system: You are a helpful assistant.
user:
Analyze the provided spectrum to determine if it is a **S-type Star**.

- **Key Indicators for S-type Star:**

    - **(Overall Spectrum Shape):** The first and most obvious characteristic is the overall continuum (the "baseline" shape). It is **extremely "red-sloping,"** meaning the flux (light intensity) is very low on the left side (blue, ~4000-4500 Å) and rises steeply and continuously toward the right side (red, ~7000 Å+).

    - **(Primary):** The spectrum is defined by the presence of strong, broad molecular absorption "valleys" (bands) from **Zirconium Oxide (ZrO)**. The identification of these bands is the **primary requirement** for classifying a star as S-type.
        - **(Key Bandheads):** You must find distinct, deep "dips" where the light has been absorbed. The most critical band systems to locate are:
            - **~6474 Å** ($\gamma$-system): This is often the strongest and clearest ZrO feature, found in the red part of the spectrum.
            - **~5718 Å** & **~5551 Å** ($\beta$-system): A pair of prominent absorption features in the yellow-orange part of the spectrum.
            - **~4640 Å** ($\alpha$-system): A key absorption band system in the blue-green region of the spectrum.

    - **(Secondary Confirmation):** The classification is strengthened by finding additional absorption bands from other related heavy element oxides, which are expected to be present alongside ZrO.
        - **(Key Bandheads):**
            - **Yttrium Oxide (YO):** Look for absorption dips near **~4800 Å** and **~6100 Å**.
            - **Lanthanum Oxide (LaO):** Additional absorption features, particularly in the red-orange part of the spectrum, are also characteristic.

    - **(Line Profile):** The combination of the steep red continuum and these numerous, deep molecular bands (ZrO, YO, etc.) gives the entire spectrum a very **"chopped-up"** or **"bumpy"** appearance. Instead of a smooth curve, the spectrum looks as though large, wide chunks of light have been "carved out" of it at the specific wavelengths listed above.

Think first, call **spectral_visualization_tool** if needed to examine features in detail, then provide your final answer. Your response must adhere to the following strict rules:
1.  **Overall Structure:** Your response must follow the format `<think>...</think> <tool_call>...</tool_call> (if a tool is used) <answer>...</answer>`.
2.  **Tool Usage Constraint:** You may only make **one** tool call per turn.
3.  **Final Answer Format:** In the `<answer>` tag, your conclusion must be inside a `\boxed{}` command (e.g., `\boxed{YES}` or `\boxed{NO}`), followed by your justification.

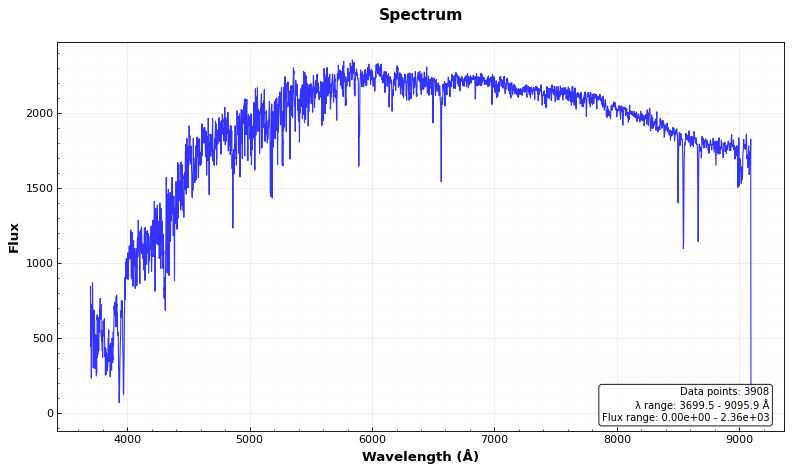
Answer: NO